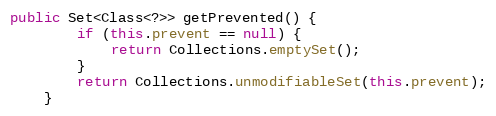
Language: Java
public Set<Class<?>> getPrevented() {
        if (this.prevent == null) {
            return Collections.emptySet();
        }
        return Collections.unmodifiableSet(this.prevent);
    }